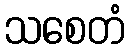
သစေတံ